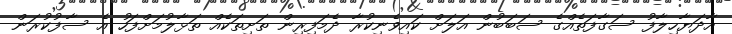
އާދަޔާހިލާފު ސަގާފަތެއްގެ ސަބަބުން އަލަށް ކައިވެނިކުރާ ދެމަފިރިން ތަށިތަކެއް ތަޅާލުމަށްފަހު އެ ސާފުކުރަން